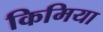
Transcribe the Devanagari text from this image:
किमिया